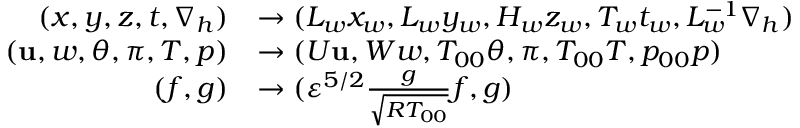
\begin{array} { r l } { ( x , y , z , t , \nabla _ { h } ) } & { \rightarrow ( L _ { w } x _ { w } , L _ { w } y _ { w } , H _ { w } z _ { w } , T _ { w } t _ { w } , L _ { w } ^ { - 1 } \nabla _ { h } ) } \\ { ( \mathbf { u } , w , \theta , \pi , T , p ) } & { \rightarrow ( U \mathbf { u } , W w , T _ { 0 0 } \theta , \pi , T _ { 0 0 } T , p _ { 0 0 } p ) } \\ { ( f , g ) } & { \rightarrow ( { \varepsilon } ^ { 5 / 2 } \frac { g } { \sqrt { R T _ { 0 0 } } } f , g ) } \end{array}